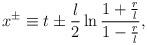
LaTeX: \begin{align*}x^{\pm} \equiv t \pm \frac {l}{2}\ln \frac {1+\frac{r}{l}}{1-\frac{r}{l}},\end{align*}